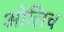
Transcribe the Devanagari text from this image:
ओलिच